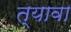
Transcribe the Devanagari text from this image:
त्यावा